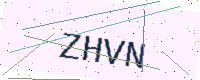
Text: ZHVN